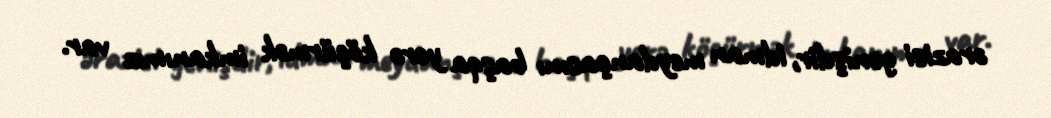
ərazisi genişdir, idman meydançasını başqa yerə köçürmək imkanımız var.